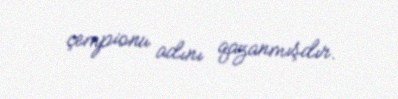
çempionu adını qazanmışdır.